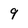
Character: 9